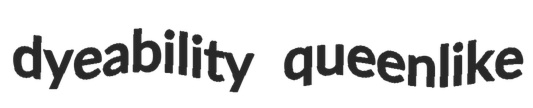
dyeability queenlike